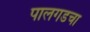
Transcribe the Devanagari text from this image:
पालगडचा